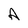
Character: A